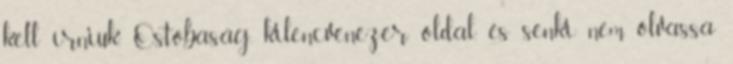
kell írniuk. Ostobaság, kilencvenezer oldal, és senki nem olvassa